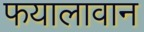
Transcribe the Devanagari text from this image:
फयालावान